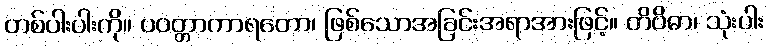
တစ်ပါးပါးကို။ ပဝတ္တာကာရတော၊ ဖြစ်သောအခြင်းအရာအားဖြင့်။ တိဝိဓာ၊ သုံးပါး